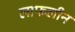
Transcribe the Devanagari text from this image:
लाफलीन